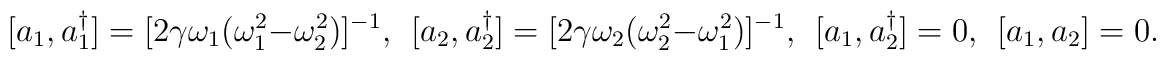
[a_1,a_1^{\dagger}]=[2\gamma\omega_1(\omega_1^2-\omega_2^2)]^{-1},~~[a_2,a_2^{\dagger}]=[2\gamma\omega_2(\omega_2^2-\omega_1^2)]^{-1},~~[a_1,a_2^{\dagger}]=0,~~[a_1,a_2]=0.